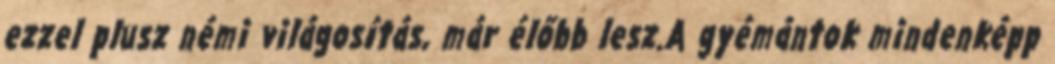
ezzel plusz némi világosítás, már élőbb lesz.A gyémántok mindenképp